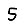
Digit: 5